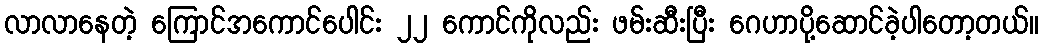
လာလာနေတဲ့ ကြောင်အကောင်ပေါင်း ၂၂ ကောင်ကိုလည်း ဖမ်းဆီးပြီး ဂေဟာပို့ဆောင်ခဲ့ပါတော့တယ်။